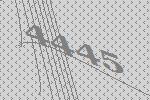
4445